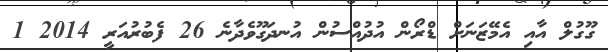
ގޫގުލް އާއި އެމޭޒަނަށް ޑްރޯން އުދުއްސުން އުނދަގޫވެދާނެ 26 ފެބުރުއަރީ 2014 1